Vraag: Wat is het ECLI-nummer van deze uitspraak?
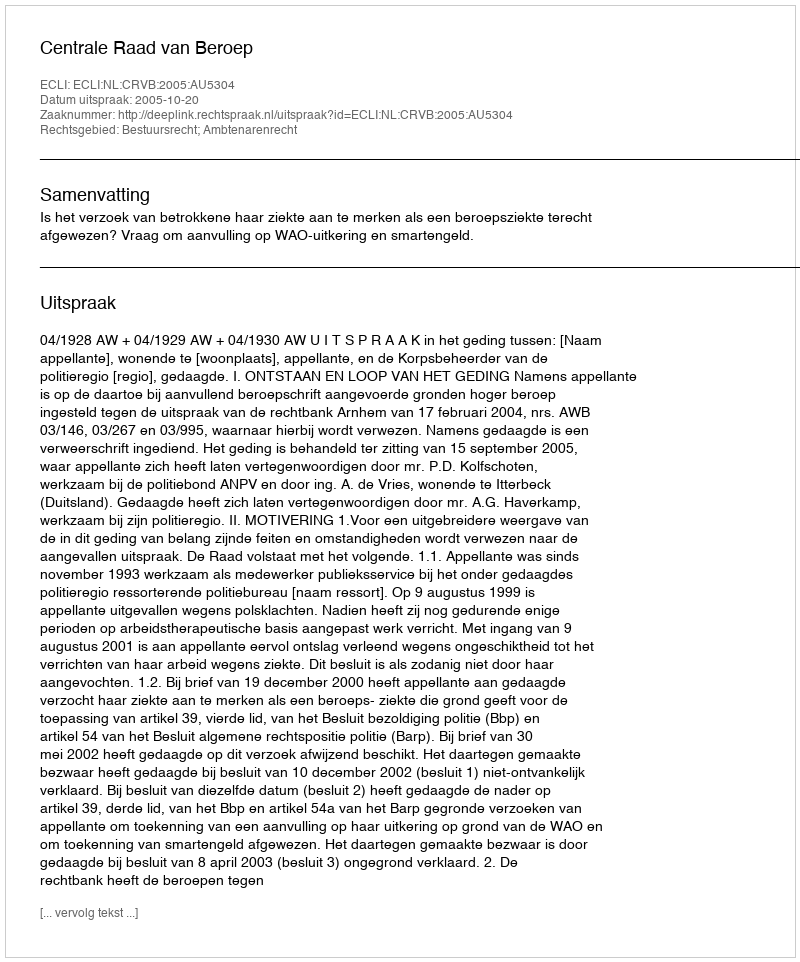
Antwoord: ECLI:NL:CRVB:2005:AU5304